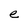
Character: e